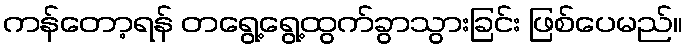
ကန်တော့ရန် တရွေ့ရွေ့ထွက်ခွာသွားခြင်း ဖြစ်ပေမည်။